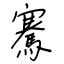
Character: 騫